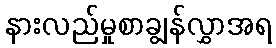
နားလည်မှုစာချွန်လွှာအရ